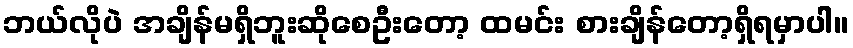
ဘယ်လိုပဲ အချိန်မရှိဘူးဆိုစေဦးတော့ ထမင်း စားချိန်တော့ရှိရမှာပါ။